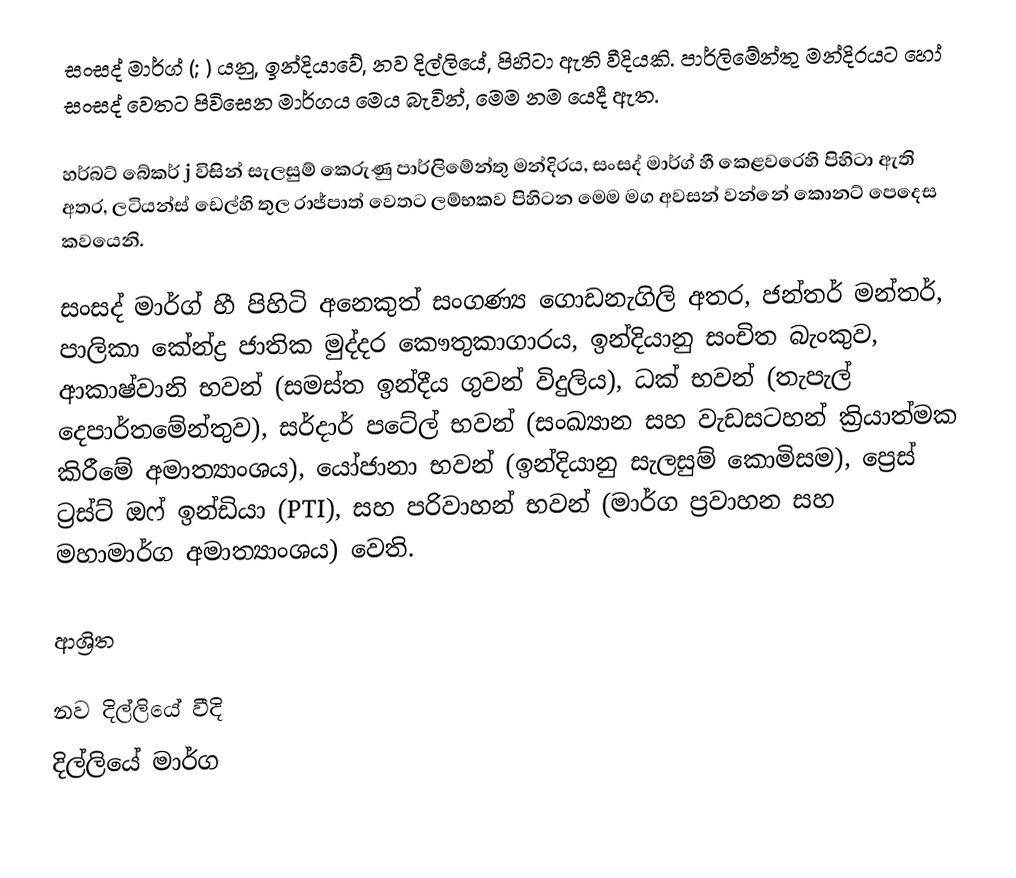
සංසද් මාර්ග් (; ) යනු,  ඉන්දියාවේ,  නව දිල්ලියේ, පිහිටා ඇති වීදියකි. පාර්ලිමේන්තු මන්දිරයට හෝ සංසද් වෙතට පිවිසෙන මාර්ගය මෙය බැවින්, මෙම නම යෙදී ඇත.

හර්බට් බේකර් j විසින් සැලසුම් කෙරුණු පාර්ලිමේන්තු මන්දිරය, සංසද් මාර්ග් හී කෙළවරෙහි පිහිටා ඇති අතර, ලටියන්ස් ඩෙල්හි තුල රාජ්පාත් වෙතට ලම්භකව පිහිටන මෙම මග අවසන් වන්නේ   කොනට් පෙදෙස කවයෙනි.

සංසද් මාර්ග් හී පිහිටි අනෙකුත් සංගණ්‍ය ගොඩනැගිලි අතර,  ජන්තර් මන්තර්, පාලිකා කේන්ද්‍ර  ජාතික මුද්දර කෞතුකාගාරය, ඉන්දියානු සංචිත බැංකුව, ආකාෂ්වානි භවන් (සමස්ත ඉන්දීය ගුවන් විදුලිය), ධක් භවන් (තැපැල් දෙපාර්තමේන්තුව), සර්දාර් පටේල් භවන් (සංඛ්‍යාන සහ වැඩසටහන් ක්‍රියාත්මක කිරීමේ අමාත්‍යාංශය), යෝජානා භවන් (ඉන්දියානු සැලසුම් කොමිසම), ප්‍රෙස් ට්‍රස්ට් ඔෆ් ඉන්ඩියා (PTI), සහ පරිවාහන් භවන් (මාර්ග ප්‍රවාහන සහ මහාමාර්ග අමාත්‍යාංශය) වෙති.

ආශ්‍රිත

නව දිල්ලියේ වීදි
දිල්ලියේ මාර්ග